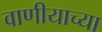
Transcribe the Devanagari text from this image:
वाणीयाच्या